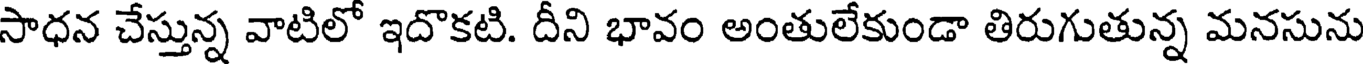
సాధన చేస్తున్న వాటిలో ఇదొకటి. దీని భావం అంతులేకుండా తిరుగుతున్న మనసును